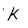
Character: K